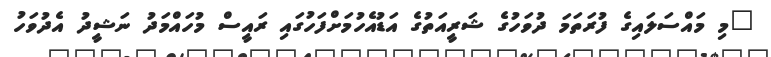
"މި މައްސަލައިގެ ފުރަތަމަ ދުވަހުގެ ޝަރީއަތުގެ އަޑުއެހުމަށްފަހުގައި ރައީސް މުހައްމަދު ނަޝީދު އެދުވަހު